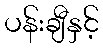
ပန်းချီနှင့်